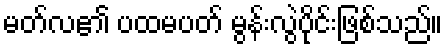
မတ်လ၏ ပထမပတ် မွန်းလွဲပိုင်းဖြစ်သည်။